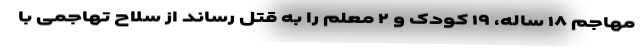
مهاجم ۱۸ ساله، ۱۹ کودک و ۲ معلم را به قتل رساند از سلاح تهاجمی با